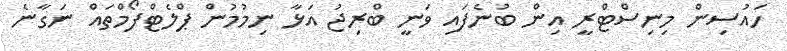
ހައުސިން މިނިސްޓްރީ އިން ބުނެފައި ވަނީ ބްރިޖު އަޅާ ނިމުމުން ޕްލެޓްފޯމްތައް ނަގާނެ